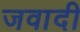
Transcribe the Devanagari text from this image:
जवादी